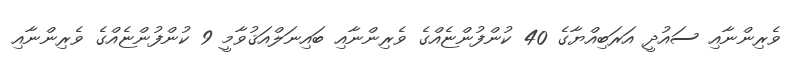
ވެރިންނާއި ސައުދީ އަރަބިއްޔާގެ 40 ކުންފުންޏެއްގެ ވެރިންނާއި ބައިނަލްއަޤުވާމީ 9 ކުންފުންޏެއްގެ ވެރިންނާއި